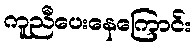
ကူညီပေးနေကြောင်း